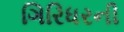
ગિરિધરની